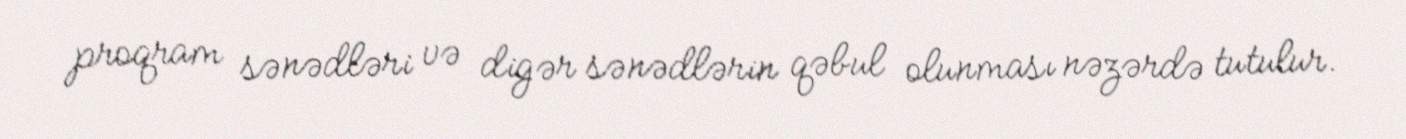
proqram sənədləri və digər sənədlərin qəbul olunması nəzərdə tutulur.